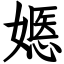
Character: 嫕